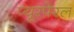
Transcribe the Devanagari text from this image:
प्यूरपेरल